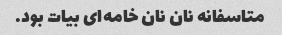
متاسفانه نان نان خامه‌ای بیات بود.